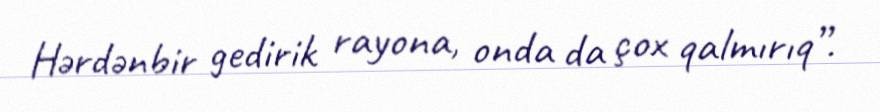
Hərdənbir gedirik rayona, onda da çox qalmırıq”.